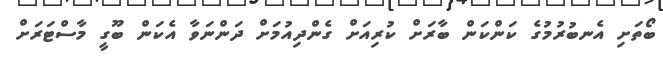
ބޯތަށި އެނބުރުމުގެ ކަންކަން ބާރަށް ކުރިއަށް ގެންދިއުމަށް ދަންނަވާ އެކަން ބޫގީ މާސްޓަރަށް